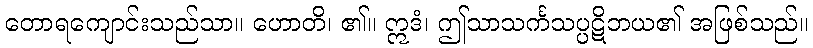
တောရကျောင်းသည်သာ။ ဟောတိ၊ ၏။ ဣဒံ၊ ဤသာသင်္ကသပ္ပဋိဘယ၏ အဖြစ်သည်။